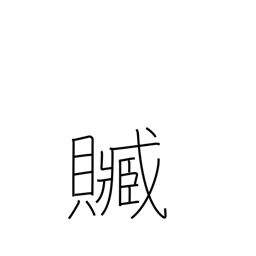
Meaning: bribery